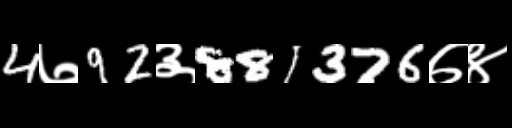
Text: 4७92३881376७४